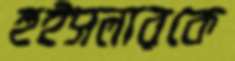
হুইসলারকে